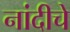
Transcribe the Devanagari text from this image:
नांदीचे